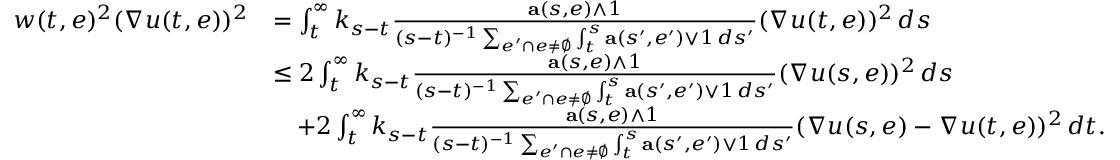
\begin{array} { r l } { w ( t , e ) ^ { 2 } ( \nabla u ( t , e ) ) ^ { 2 } } & { = \int _ { t } ^ { \infty } k _ { s - t } \frac { \mathbf { a } ( s , e ) \wedge 1 } { ( s - t ) ^ { - 1 } \sum _ { e ^ { \prime } \cap e \neq \emptyset } \int _ { t } ^ { s } \mathbf { a } ( s ^ { \prime } , e ^ { \prime } ) \vee 1 \, d s ^ { \prime } } ( \nabla u ( t , e ) ) ^ { 2 } \, d s } \\ & { \leq 2 \int _ { t } ^ { \infty } k _ { s - t } \frac { \mathbf { a } ( s , e ) \wedge 1 } { ( s - t ) ^ { - 1 } \sum _ { e ^ { \prime } \cap e \neq \emptyset } \int _ { t } ^ { s } \mathbf { a } ( s ^ { \prime } , e ^ { \prime } ) \vee 1 \, d s ^ { \prime } } ( \nabla u ( s , e ) ) ^ { 2 } \, d s } \\ & { \quad + 2 \int _ { t } ^ { \infty } k _ { s - t } \frac { \mathbf { a } ( s , e ) \wedge 1 } { ( s - t ) ^ { - 1 } \sum _ { e ^ { \prime } \cap e \neq \emptyset } \int _ { t } ^ { s } \mathbf { a } ( s ^ { \prime } , e ^ { \prime } ) \vee 1 \, d s ^ { \prime } } ( \nabla u ( s , e ) - \nabla u ( t , e ) ) ^ { 2 } \, d t . } \end{array}